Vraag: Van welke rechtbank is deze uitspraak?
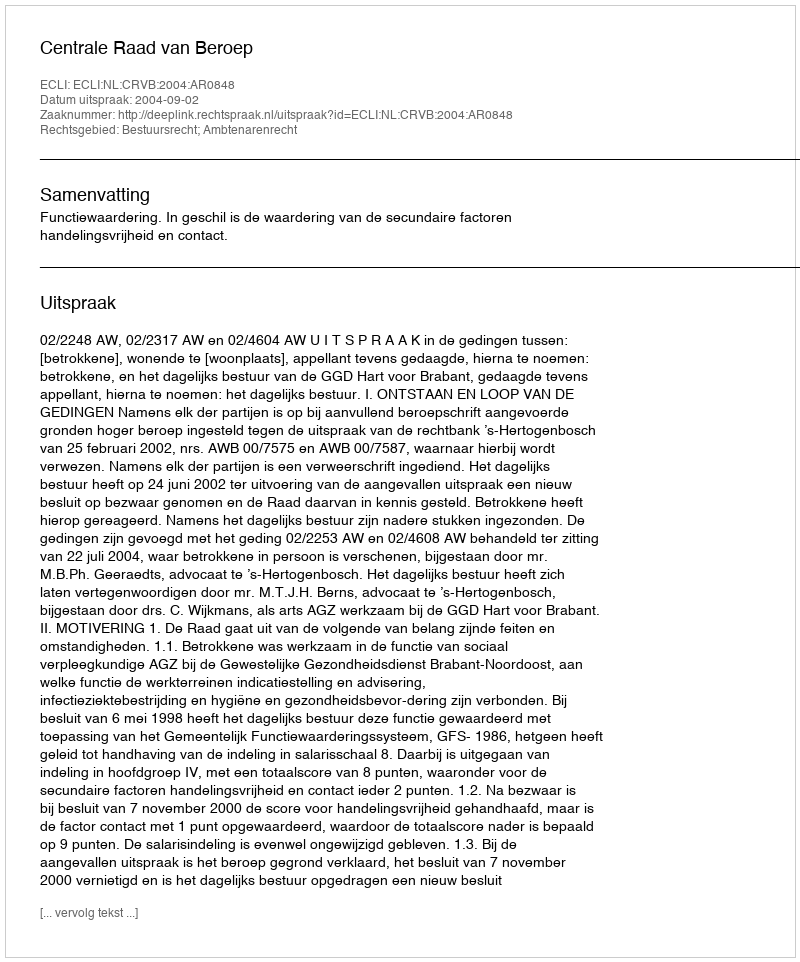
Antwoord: Centrale Raad van Beroep